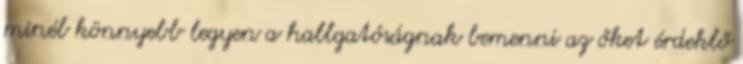
minél könnyebb legyen a hallgatóságnak bemenni az őket érdeklő